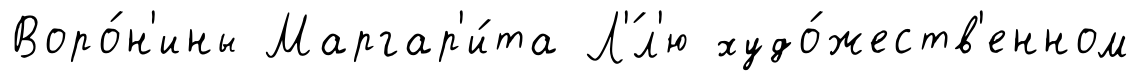
Воро́н'ины Маргар'и́та Л'́л'ю худо́жеств'енном